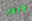
ورود